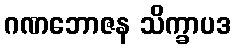
ဂဏဘောဇန သိက္ခာပဒ